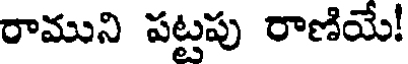
రాముని పట్టపు రాణియే!